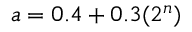
a = 0 . 4 + 0 . 3 ( 2 ^ { n } )